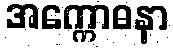
အက္ကောဓနာ